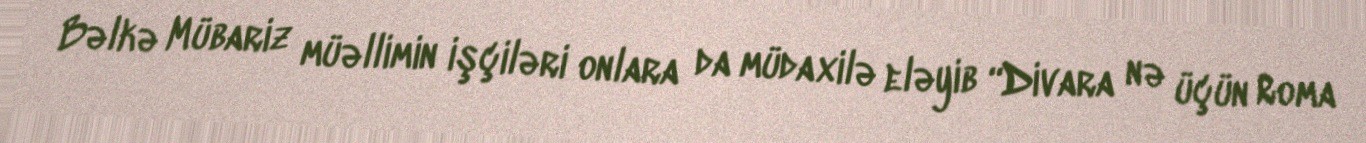
Bəlkə Mübariz müəllimin işçiləri onlara da müdaxilə eləyib “Divara nə üçün Roma